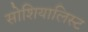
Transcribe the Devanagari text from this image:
सोशियालिस्ट